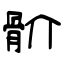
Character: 骱